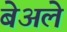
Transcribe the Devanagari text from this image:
बेअले